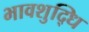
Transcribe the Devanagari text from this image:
भावशुद्धि